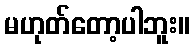
မဟုတ်တော့ပါဘူး။